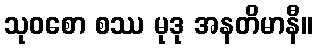
သုဝစော စဿ မုဒု အနတိမာနီ။